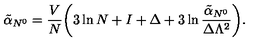
\tilde { \alpha } _ { N ^ { 0 } } = { \frac { V } { N } } \biggl ( 3 \ln N + I + \Delta + 3 \ln { \frac { \tilde { \alpha } _ { N ^ { 0 } } } { \Delta \Lambda ^ { 2 } } } \biggr ) .